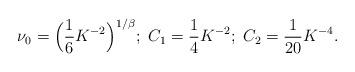
LaTeX: \begin{align*} \nu_0=\Big( \frac{1}{6} K^{-2} \Big)^{1/\beta};\ C_1=\frac{1}{4}K^{-2};\ C_2=\frac{1}{20}K^{-4}.\end{align*}